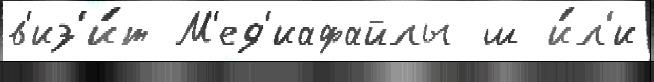
в'из'и́т М'ед'иафайлы ш и́л'и